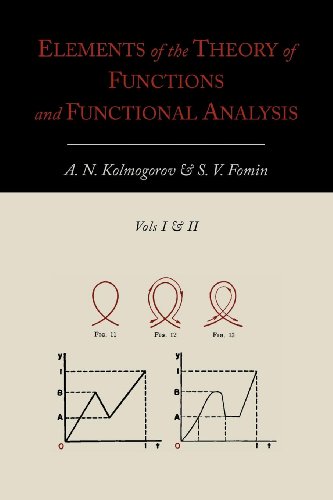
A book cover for Elements of the Theory of Functions and Functional Analysis [Two Volumes in One]; A. N. Kolmogorov; Science & Math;